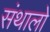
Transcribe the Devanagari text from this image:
संथालो